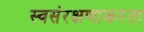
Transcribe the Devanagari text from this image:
स्वसंरक्षणाकरता